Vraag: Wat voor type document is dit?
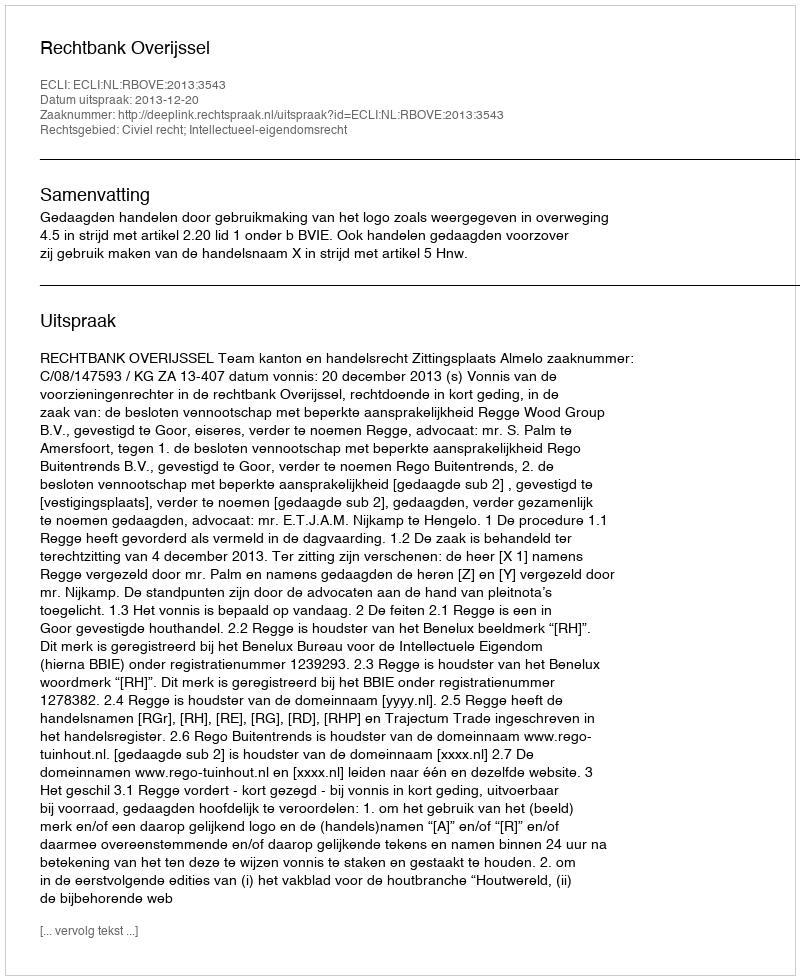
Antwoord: Uitspraak